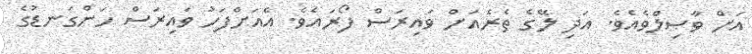
އަށް ވާޞިލްވެއެވެ. އަދި ލޭގެ ތެރެއަށް ވައިރަސް ފޯރައެވެ. އެއަށްފަހު ވައިރަސް ހަންގަނޑުގެ